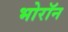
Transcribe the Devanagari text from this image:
भोरॉन